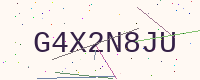
Text: G4X2N8JU